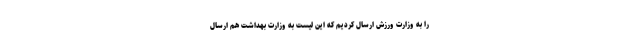
را به وزارت ورزش ارسال کردیم که این لیست به وزارت بهداشت هم ارسال